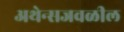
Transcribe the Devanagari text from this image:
अथेन्सजवळील